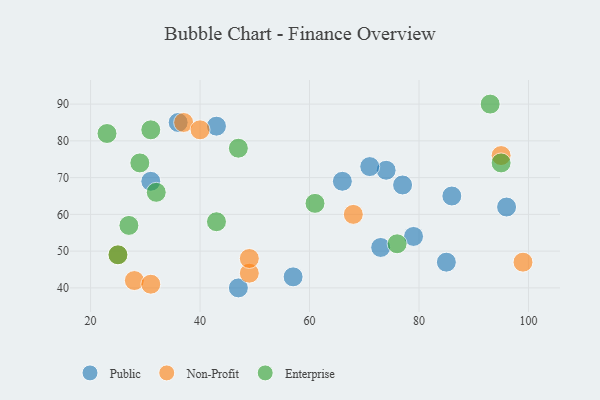
{"axis": {"x": "GDP", "y": "Life Expectancy"}, "legend": ["Enterprise", "Non-Profit", "Public"], "data": [{"x": "36", "y": 85, "type": "Public"}, {"x": "77", "y": 68, "type": "Public"}, {"x": "31", "y": 69, "type": "Public"}, {"x": "86", "y": 65, "type": "Public"}, {"x": "96", "y": 62, "type": "Public"}, {"x": "47", "y": 40, "type": "Public"}, {"x": "79", "y": 54, "type": "Public"}, {"x": "85", "y": 47, "type": "Public"}, {"x": "74", "y": 72, "type": "Public"}, {"x": "66", "y": 69, "type": "Public"}, {"x": "73", "y": 51, "type": "Public"}, {"x": "57", "y": 43, "type": "Public"}, {"x": "71", "y": 73, "type": "Public"}, {"x": "43", "y": 84, "type": "Public"}, {"x": "37", "y": 85, "type": "Non-Profit"}, {"x": "28", "y": 42, "type": "Non-Profit"}, {"x": "99", "y": 47, "type": "Non-Profit"}, {"x": "25", "y": 49, "type": "Non-Profit"}, {"x": "31", "y": 41, "type": "Non-Profit"}, {"x": "49", "y": 44, "type": "Non-Profit"}, {"x": "95", "y": 76, "type": "Non-Profit"}, {"x": "68", "y": 60, "type": "Non-Profit"}, {"x": "40", "y": 83, "type": "Non-Profit"}, {"x": "49", "y": 48, "type": "Non-Profit"}, {"x": "31", "y": 83, "type": "Enterprise"}, {"x": "95", "y": 74, "type": "Enterprise"}, {"x": "23", "y": 82, "type": "Enterprise"}, {"x": "76", "y": 52, "type": "Enterprise"}, {"x": "32", "y": 66, "type": "Enterprise"}, {"x": "29", "y": 74, "type": "Enterprise"}, {"x": "93", "y": 90, "type": "Enterprise"}, {"x": "47", "y": 78, "type": "Enterprise"}, {"x": "61", "y": 63, "type": "Enterprise"}, {"x": "43", "y": 58, "type": "Enterprise"}, {"x": "27", "y": 57, "type": "Enterprise"}, {"x": "25", "y": 49, "type": "Enterprise"}]}